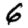
Digit: 6